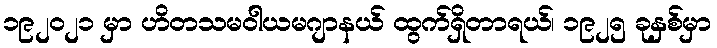
၁၉၂၀၂၁ မှာ ဟိတသမဝါယမဂျာနယ် ထွက်ရှိတာရယ်၊ ၁၉၂၅ ခုနှစ်မှာ